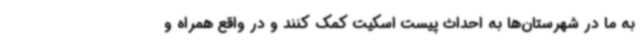
به ما در شهرستان‌ها به احداث پیست اسکیت کمک کنند و در واقع همراه و